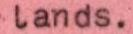
lands.